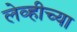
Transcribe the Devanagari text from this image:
लेव्हीच्या